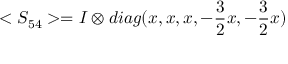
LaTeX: < S _ { 5 4 } > = I \otimes d i a g ( x , x , x , - { \frac { 3 } { 2 } } x , - { \frac { 3 } { 2 } } x )